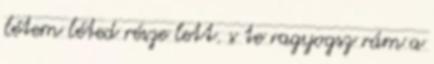
létem léted része lett. s te ragyogsz rám a